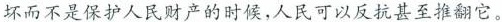
坏而不是保护人民财产的时候，人民可以反抗甚至推翻它。